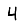
Digit: 4